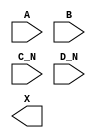
module sky130_fd_sc_hs__or4bb (
    //# {{data|Data Signals}}
    input  A  ,
    input  B  ,
    input  C_N,
    input  D_N,
    output X
);

    // Voltage supply signals
    supply1 VPWR;
    supply0 VGND;

endmodule